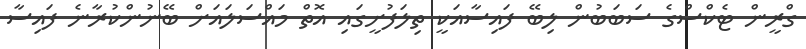
ގްރީން ޓެކްސްގެ ސަބަބުން ލިބޭ ފައިސާއަކީ ތިލަފުށީގައި އޮތް މައްސަލައަށް ބޭނުންކުރާނެ ފައިސާ